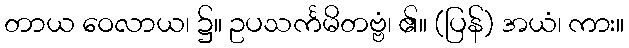
တာယ ဝေလာယ၊ ၌။ ဥပသင်္ကမိတဗ္ဗံ၊ ၏။ (ပြန်) အယံ၊ ကား။